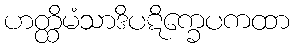
ဟတ္ထိမံသာဒိပဋိက္ခေပကထာ